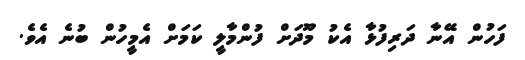
ފަހުން އޭނާ ދަރިފުޅާ އެކު މޫދަށް ފުންމާލީ ކަމަށް އެމީހުން ބުނެ އެވެ.